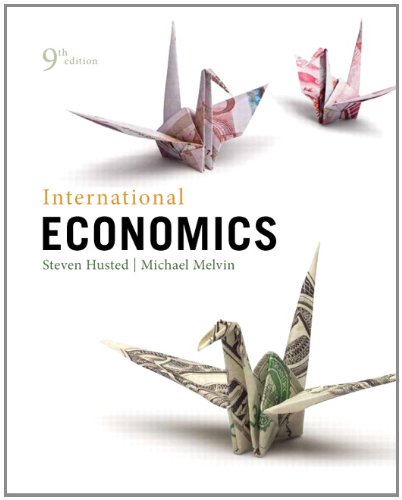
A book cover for International Economics (9th Edition) (The Pearson Series in Economics); Steven Husted; Business & Money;